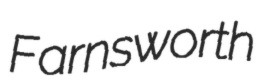
Farnsworth